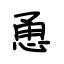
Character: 恿